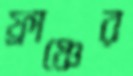
ফ্রাঞ্চের